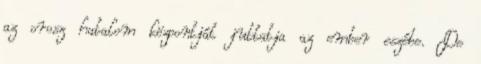
az orosz hatalom központját juttatja az ember eszébe. De